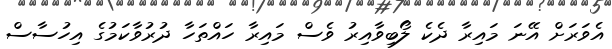
އެވަރަށް އޭނަ މައިރާ ދެކެ ލޯބިވާއިރު ވެސް މައިރާ ހައްތަހާ ދުރުވާކަމުގެ އިހުސާސް